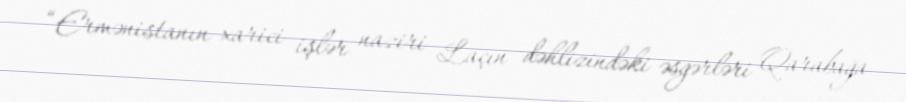
“Ermənistanın xarici işlər naziri Laçın dəhlizindəki əsgərləri Qarabağa